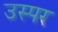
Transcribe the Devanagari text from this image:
उस्पर